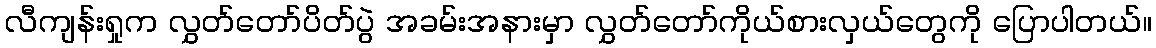
လီကျန်းရှုက လွှတ်တော်ပိတ်ပွဲ အခမ်းအနားမှာ လွှတ်တော်ကိုယ်စားလှယ်တွေကို ပြောပါတယ်။